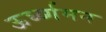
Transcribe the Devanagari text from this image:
ऊर्घ्व्गमन